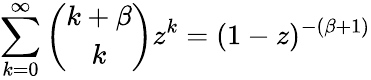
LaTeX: \sum_{k=0}^{\infty}\binom{k+\beta}{k}z^{k}=(1-z)^{-(\beta+1)}